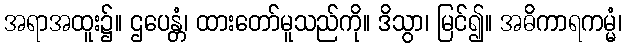
အရာအထူး၌။ ဌပေန္တံ၊ ထားတော်မူသည်ကို။ ဒိသွာ၊ မြင်၍။ အဓိကာရကမ္မံ၊